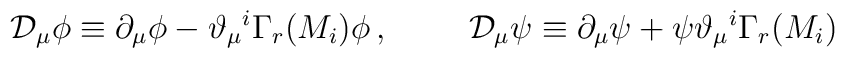
\mathcal{D}_{\mu}\phi\equiv \partial_{\mu}\phi - \vartheta_{\mu}{}^{i}\Gamma_{r}(M_{i})\phi\, ,\hspace{1cm}  \mathcal{D}_{\mu}\psi\equiv \partial_{\mu}\psi +\psi\vartheta_{\mu}{}^{i}\Gamma_{r}(M_{i})\,